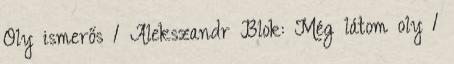
Oly ismerős 1 Alekszandr Blok: Még látom oly 1